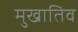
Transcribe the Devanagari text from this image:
मुखातिव